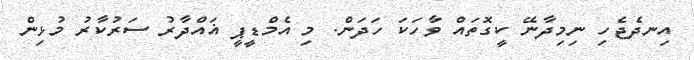
އިނދެޖެހި ނިމިދާނޭ ކީގޮތައް ވާހަކަ ހަދަން. މި އެމްޑީޕީ ޣައްދާރު ސަރުކާރު މުޅިން